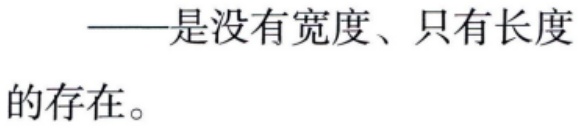
——是没有宽度、只有长度的存在。